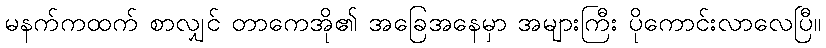
မနက်ကထက် စာလျှင် တာကေအို၏ အခြေအနေမှာ အများကြီး ပိုကောင်းလာလေပြီ။